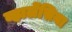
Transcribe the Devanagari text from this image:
व्हालेंसिया